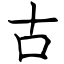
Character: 古